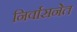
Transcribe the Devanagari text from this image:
निर्वासनेत